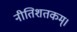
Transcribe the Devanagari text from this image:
नीतिशतकम्।